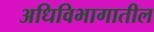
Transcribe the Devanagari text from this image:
अधिविभागातील